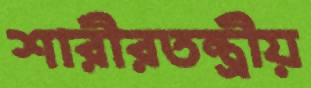
শারীরতন্ত্রীয়